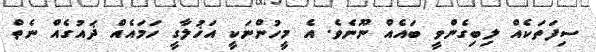
ސިފަތަކެއް ލިބިގެންވީ ބައެއް ނޫނެވެ. އެ މީހުންނަކީ އަޚުލާގީ ހަމައެއް ޛައުގެއް ނެތް